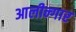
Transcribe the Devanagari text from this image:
आलीन्गार